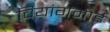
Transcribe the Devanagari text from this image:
चियांगमाई